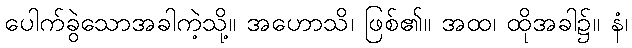
ပေါက်ခွဲသောအခါကဲ့သို့။ အဟောသိ၊ ဖြစ်၏။ အထ၊ ထိုအခါ၌။ နံ၊